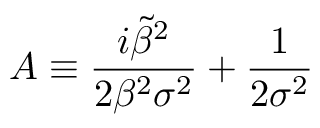
A \equiv \frac { i \Tilde { \beta } ^ { 2 } } { 2 \beta ^ { 2 } \sigma ^ { 2 } } + \frac { 1 } { 2 \sigma ^ { 2 } }